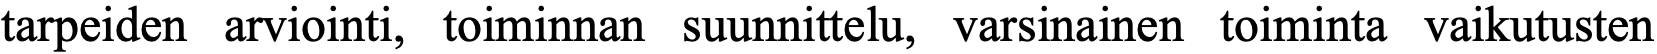
tarpeiden arviointi, toiminnan suunnittelu, varsinainen toiminta vaikutusten